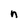
Character: n